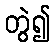
တွဲ၍